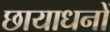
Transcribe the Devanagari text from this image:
छायाधनों